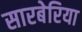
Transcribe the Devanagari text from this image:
सारबेरिया